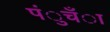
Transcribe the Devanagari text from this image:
पंुचँा